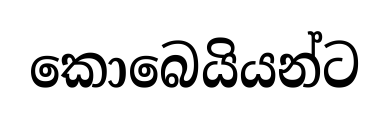
කොබෙයියන්ට